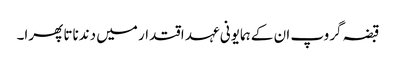
قبضہ گروپ ان کے ہمایونی عہد اقتدار میں دندناتا پھرا۔